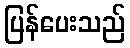
ပြန်ပေးသည်